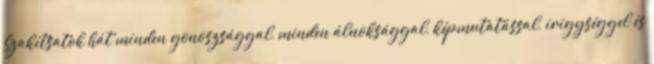
Szakítsatok hát minden gonoszsággal, minden álnoksággal, képmutatással, irigységgel és